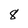
Character: 8